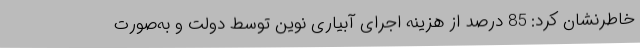
خاطرنشان کرد: 85 درصد از هزینه اجرای آبیاری نوین توسط دولت و به‌صورت